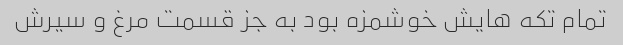
تمام تکه هایش خوشمزه بود به جز قسمت مرغ و سیرش